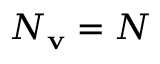
N _ { \mathbf { v } } = N